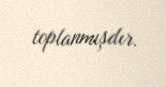
toplanmışdır.